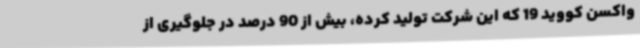
واکسن کووید 19 که این شرکت تولید کرده، بیش از 90 درصد در جلوگیری از